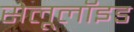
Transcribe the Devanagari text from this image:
सेलूलॉइड